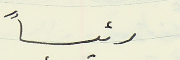
رئيساً